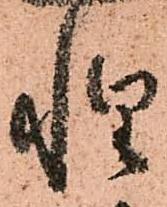
惶